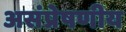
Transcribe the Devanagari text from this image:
असंप्रेषणीय